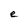
Character: e